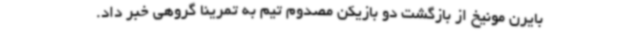
بایرن مونیخ از بازگشت دو بازیکن مصدوم تیم به تمرینا گروهی خبر داد.